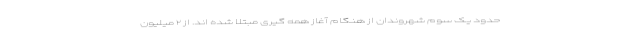
حدود یک سوم شهروندان از هنگام آغاز همه گیری مبتلا شده اند. از ۲ میلیون